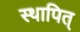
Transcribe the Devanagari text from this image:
स्थापित्